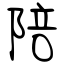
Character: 陪